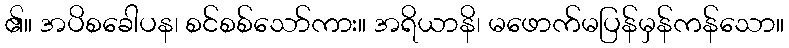
၏။ အပိစခေါပန၊ စင်စစ်သော်ကား။ အရိယာနိ၊ မဖောက်မပြန်မှန်ကန်သော။